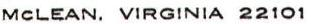
MCLEAN. VIRGINIA 22101